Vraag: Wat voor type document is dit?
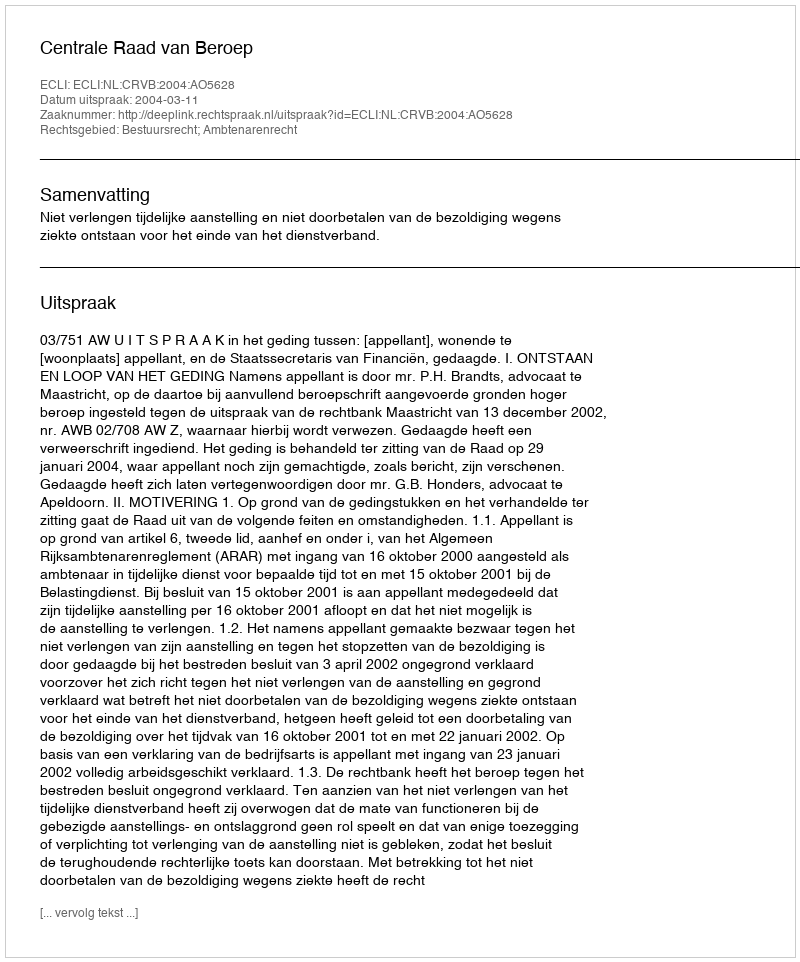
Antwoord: Uitspraak